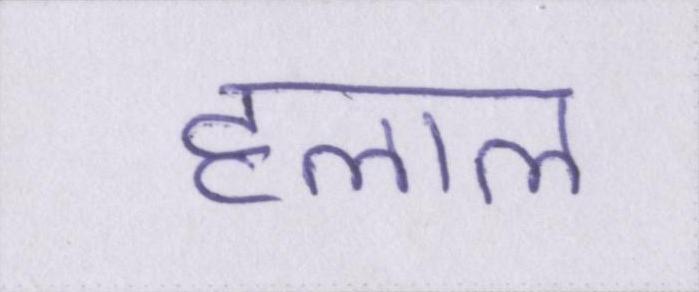
हलाल